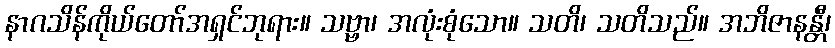
နာဂသိန်ကိုယ်တော်အရှင်ဘုရား။ သဗ္ဗာ၊ အလုံးစုံသော။ သတိ၊ သတိသည်။ အဘိဇာနန္တီ၊